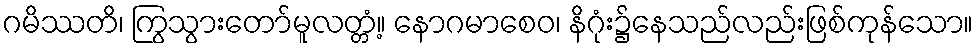
ဂမိဿတိ၊ ကြွသွားတော်မူလတ္တံ့။ နောဂမာစေဝ၊ နိဂုံး၌နေသည်လည်းဖြစ်ကုန်သော။